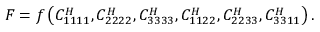
\begin{array} { r } { F = f \left( C _ { 1 1 1 1 } ^ { H } , C _ { 2 2 2 2 } ^ { H } , C _ { 3 3 3 3 } ^ { H } , C _ { 1 1 2 2 } ^ { H } , C _ { 2 2 3 3 } ^ { H } , C _ { 3 3 1 1 } ^ { H } \right) . } \end{array}